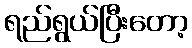
ရည်ရွယ်ပြီးတော့